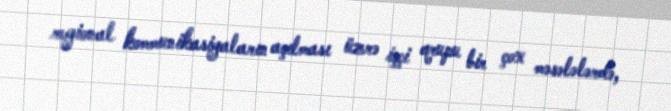
regional kommunikasiyaların açılması üzrə işçi qrupu bir çox məsələlərdə,